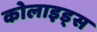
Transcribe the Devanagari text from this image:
कोलाइड्स